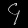
Digit: ၄